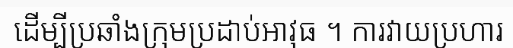
ដើម្បីប្រឆាំងក្រុមប្រដាប់អាវុធ ។ ការវាយប្រហារ